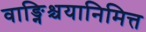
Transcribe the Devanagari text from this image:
वाङ्निश्चयानिमित्त